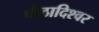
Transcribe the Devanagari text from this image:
पीठादिश्वर